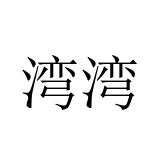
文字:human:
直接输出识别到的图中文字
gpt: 湾湾